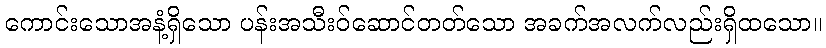
ကောင်းသောအနံ့ရှိသော ပန်းအသီးဝ်ဆောင်တတ်သော အခက်အလက်လည်းရှိထသော။